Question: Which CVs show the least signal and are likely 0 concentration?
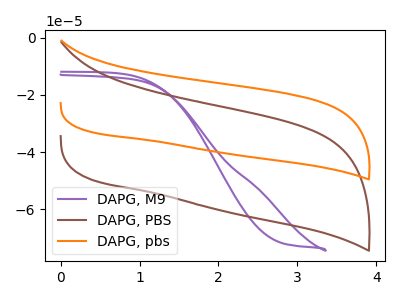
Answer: <think>The purple curve "DAPG, M9" has no peaks. The brown curve "DAPG, PBS" has no peaks. The orange curve "DAPG, pbs" has no peaks.</think>
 <answer>"DAPG, M9", "DAPG, PBS" and "DAPG, pbs" are likely to be blanks.</answer>
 <eval>"DAPG, M9", "DAPG, PBS", "DAPG, pbs"</eval>